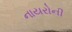
નાયરોની